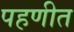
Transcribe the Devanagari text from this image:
पहणीत